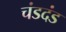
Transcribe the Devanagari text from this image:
चंडदंड